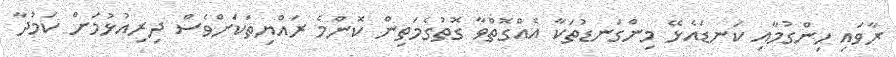
ރާވައި ހިންގުމާއި ކަނޑައެޅޭ މިންގަނޑުތަކާ އެއްގޮތްވާ ގޮތުގެމަތިން ކޮންމެ ރައްޔިތަކަށްވެސް ދިރިއުޅުމަށް ކަމުދާ